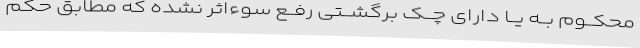
محکــوم بــه یــا دارای چــک برگشــتی رفــع سوءاثر نشده که مطابق حکم